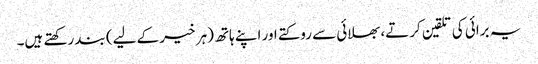
یہ برائی کی تلقین کرتے، بھلائی سے روکتے اور اپنے ہاتھ (ہر خیر کے لیے) بند رکھتے ہیں۔